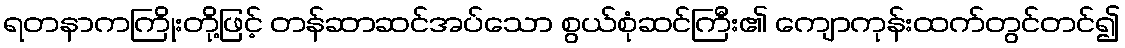
ရတနာကကြိုးတို့ဖြင့် တန်ဆာဆင်အပ်သော စွယ်စုံဆင်ကြီး၏ ကျောကုန်းထက်တွင်တင်၍